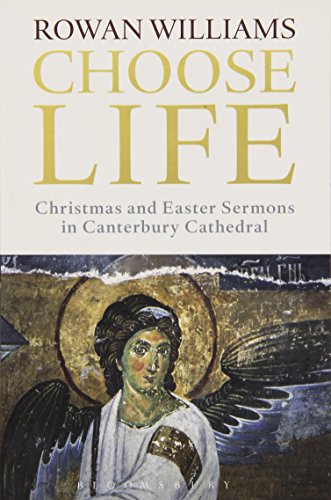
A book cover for Choose Life: Christmas and Easter Sermons in Canterbury Cathedral; Rowan Williams; Christian Books & Bibles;